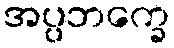
အပ္ပဘက္ခေ